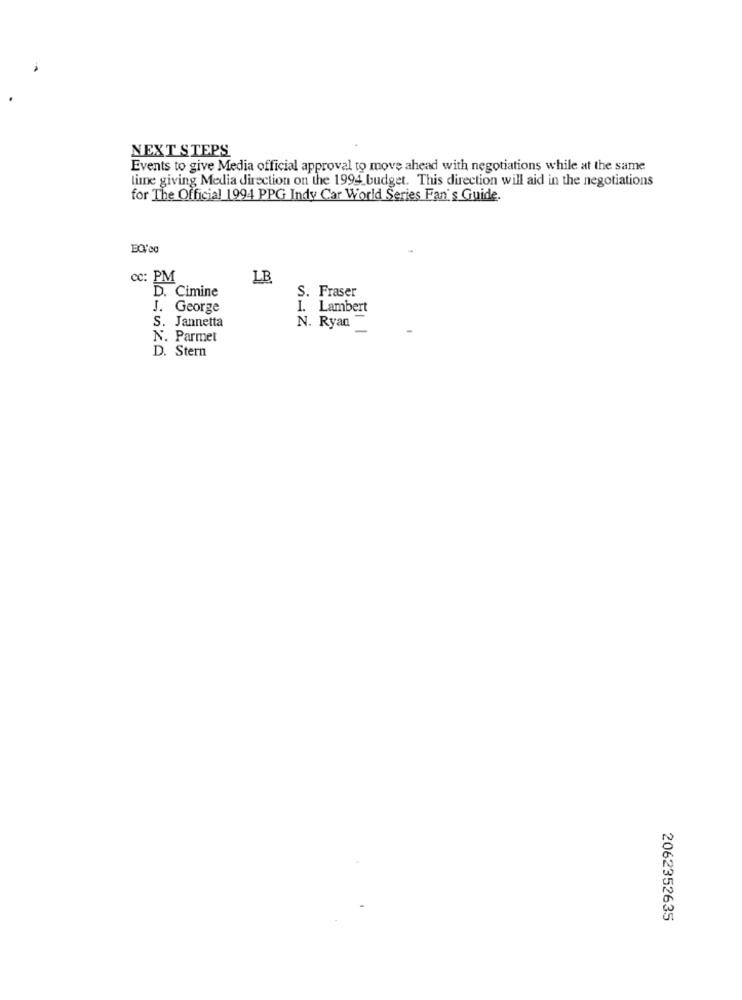
NEXT STEPS
Events to give Media official approval to move ahead with negotiations while at the same
lime giving Media direction on the 1994_budget. This direction will aid in the negotiations
for The Official 1994 PPG Indy Car World Series Fan's Guide.
cc: PM
LB
D. Cimine
S. Fraser
J. George
I. Lambert
S. Jannetta
N. Ryan
N. Parmet
D. Stern
2062352635